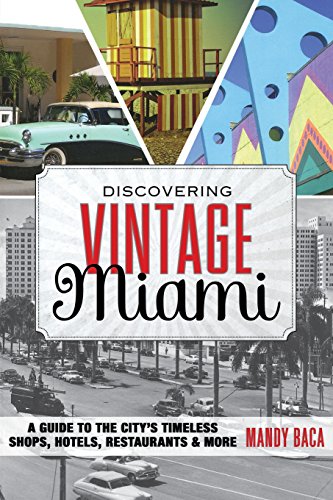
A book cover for Discovering Vintage Miami: A Guide to the City's Timeless Shops, Hotels, Restaurants & More; Mandy Baca; Travel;